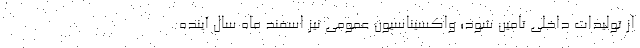
از تولیدات داخلی تامین شود؛ واکسیناسیون عمومی نیز اسفند ماه سال آینده